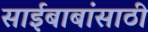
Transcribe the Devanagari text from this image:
साईबाबांसाठी